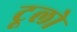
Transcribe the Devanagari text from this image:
टूलो